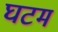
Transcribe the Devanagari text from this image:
घटम